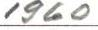
1960